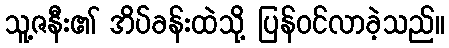
သူ့ဇနီး၏ အိပ်ခန်းထဲသို့ ပြန်ဝင်လာခဲ့သည်။